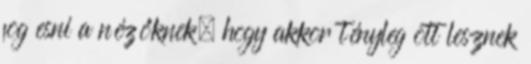
fog esni a nézőknek, hogy akkor tényleg ott lesznek